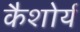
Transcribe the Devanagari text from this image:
कैशोर्य